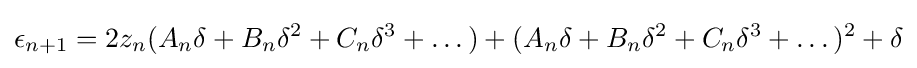
\epsilon _{n+1}=2z_{n}(A_{n}\delta +B_{n}\delta ^{2}+C_{n}\delta ^{3}+\dotsc )+(A_{n}\delta +B_{n}\delta ^{2}+C_{n}\delta ^{3}+\dotsc )^{2}+\delta